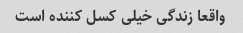
واقعا زندگی خیلی کسل کننده است